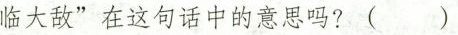
临大敌”在这句话中的意思吗?( )